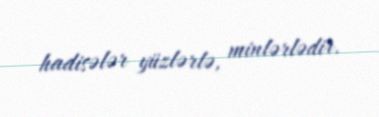
hadisələr yüzlərlə, minlərlədir.